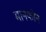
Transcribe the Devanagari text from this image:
मानकोन